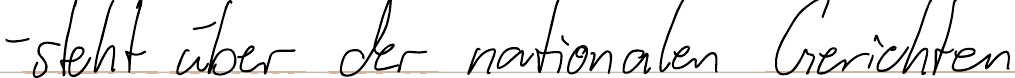
- steht über der nationalen Gerichten